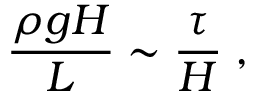
\frac { \rho g H } { L } \sim \frac { \tau } { H } \; ,